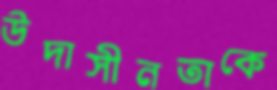
উদাসীনতাকে